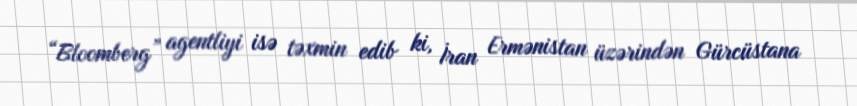
“Bloomberg” agentliyi isə təxmin edib ki, İran Ermənistan üzərindən Gürcüstana